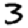
Digit: 3